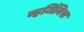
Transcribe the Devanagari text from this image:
व्हर्जिनिस